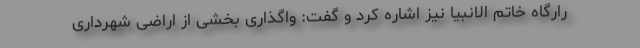
رارگاه خاتم الانبیا نیز اشاره کرد و گفت: واگذاری بخشی از اراضی شهرداری